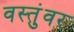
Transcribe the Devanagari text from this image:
वस्तुंवर